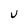
Character: U